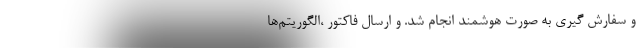
و سفارش گیری به صورت هوشمند انجام شد. و ارسال فاکتور ،‌الگوریتم‌ها